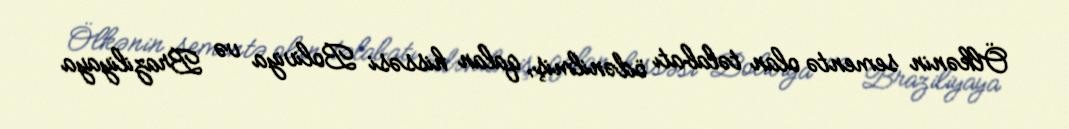
Ölkənin sementə olan təlabatı ödənilmiş, qalan hissəsi Boliviya və Braziliyaya